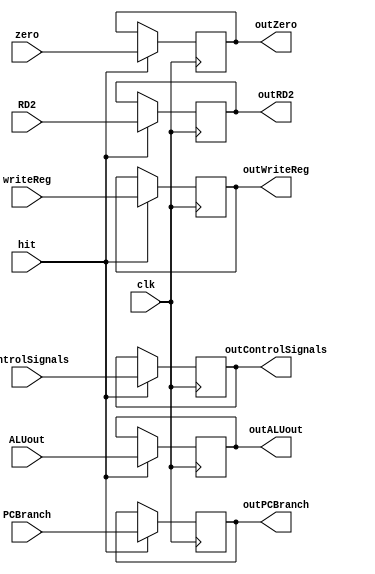
module EX_Mem_Register(
		input [31:0]ALUout, RD2,
		input [31:0]PCBranch,
		input [4:0]writeReg,
		input [4:0]controlSignals,
		input clk, hit, zero,
		
		output reg [31:0]outALUout, outRD2,
		output reg [31:0]outPCBranch,
		output reg [4:0]outWriteReg,
		output reg [4:0]outControlSignals,
		output reg outZero
    );

	always @(posedge clk) 
		begin
			if(hit == 1) 
				begin
					outALUout = ALUout;
					outRD2 = RD2;
					outPCBranch = PCBranch;
					outWriteReg = writeReg;
					outControlSignals = controlSignals;
					outZero = zero;
				end
		end	

endmodule